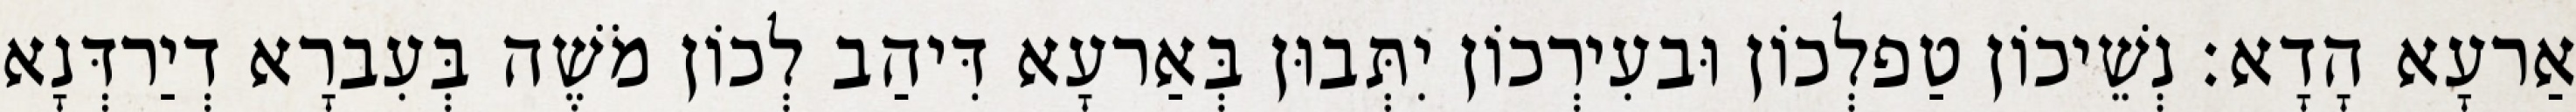
אַרעָא הָדָא׃ נְשֵׁיכוֹן טַפלְכוֹן וּבעִירְכוֹן יִתְּבוּן בְּאַרעָא דִּיהַב לְכוֹן מֹשֶׁה בְּעִברָא דְיַרדְּנָא